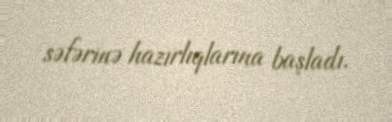
səfərinə hazırlıqlarına başladı.